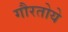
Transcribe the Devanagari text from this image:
गौरतोये